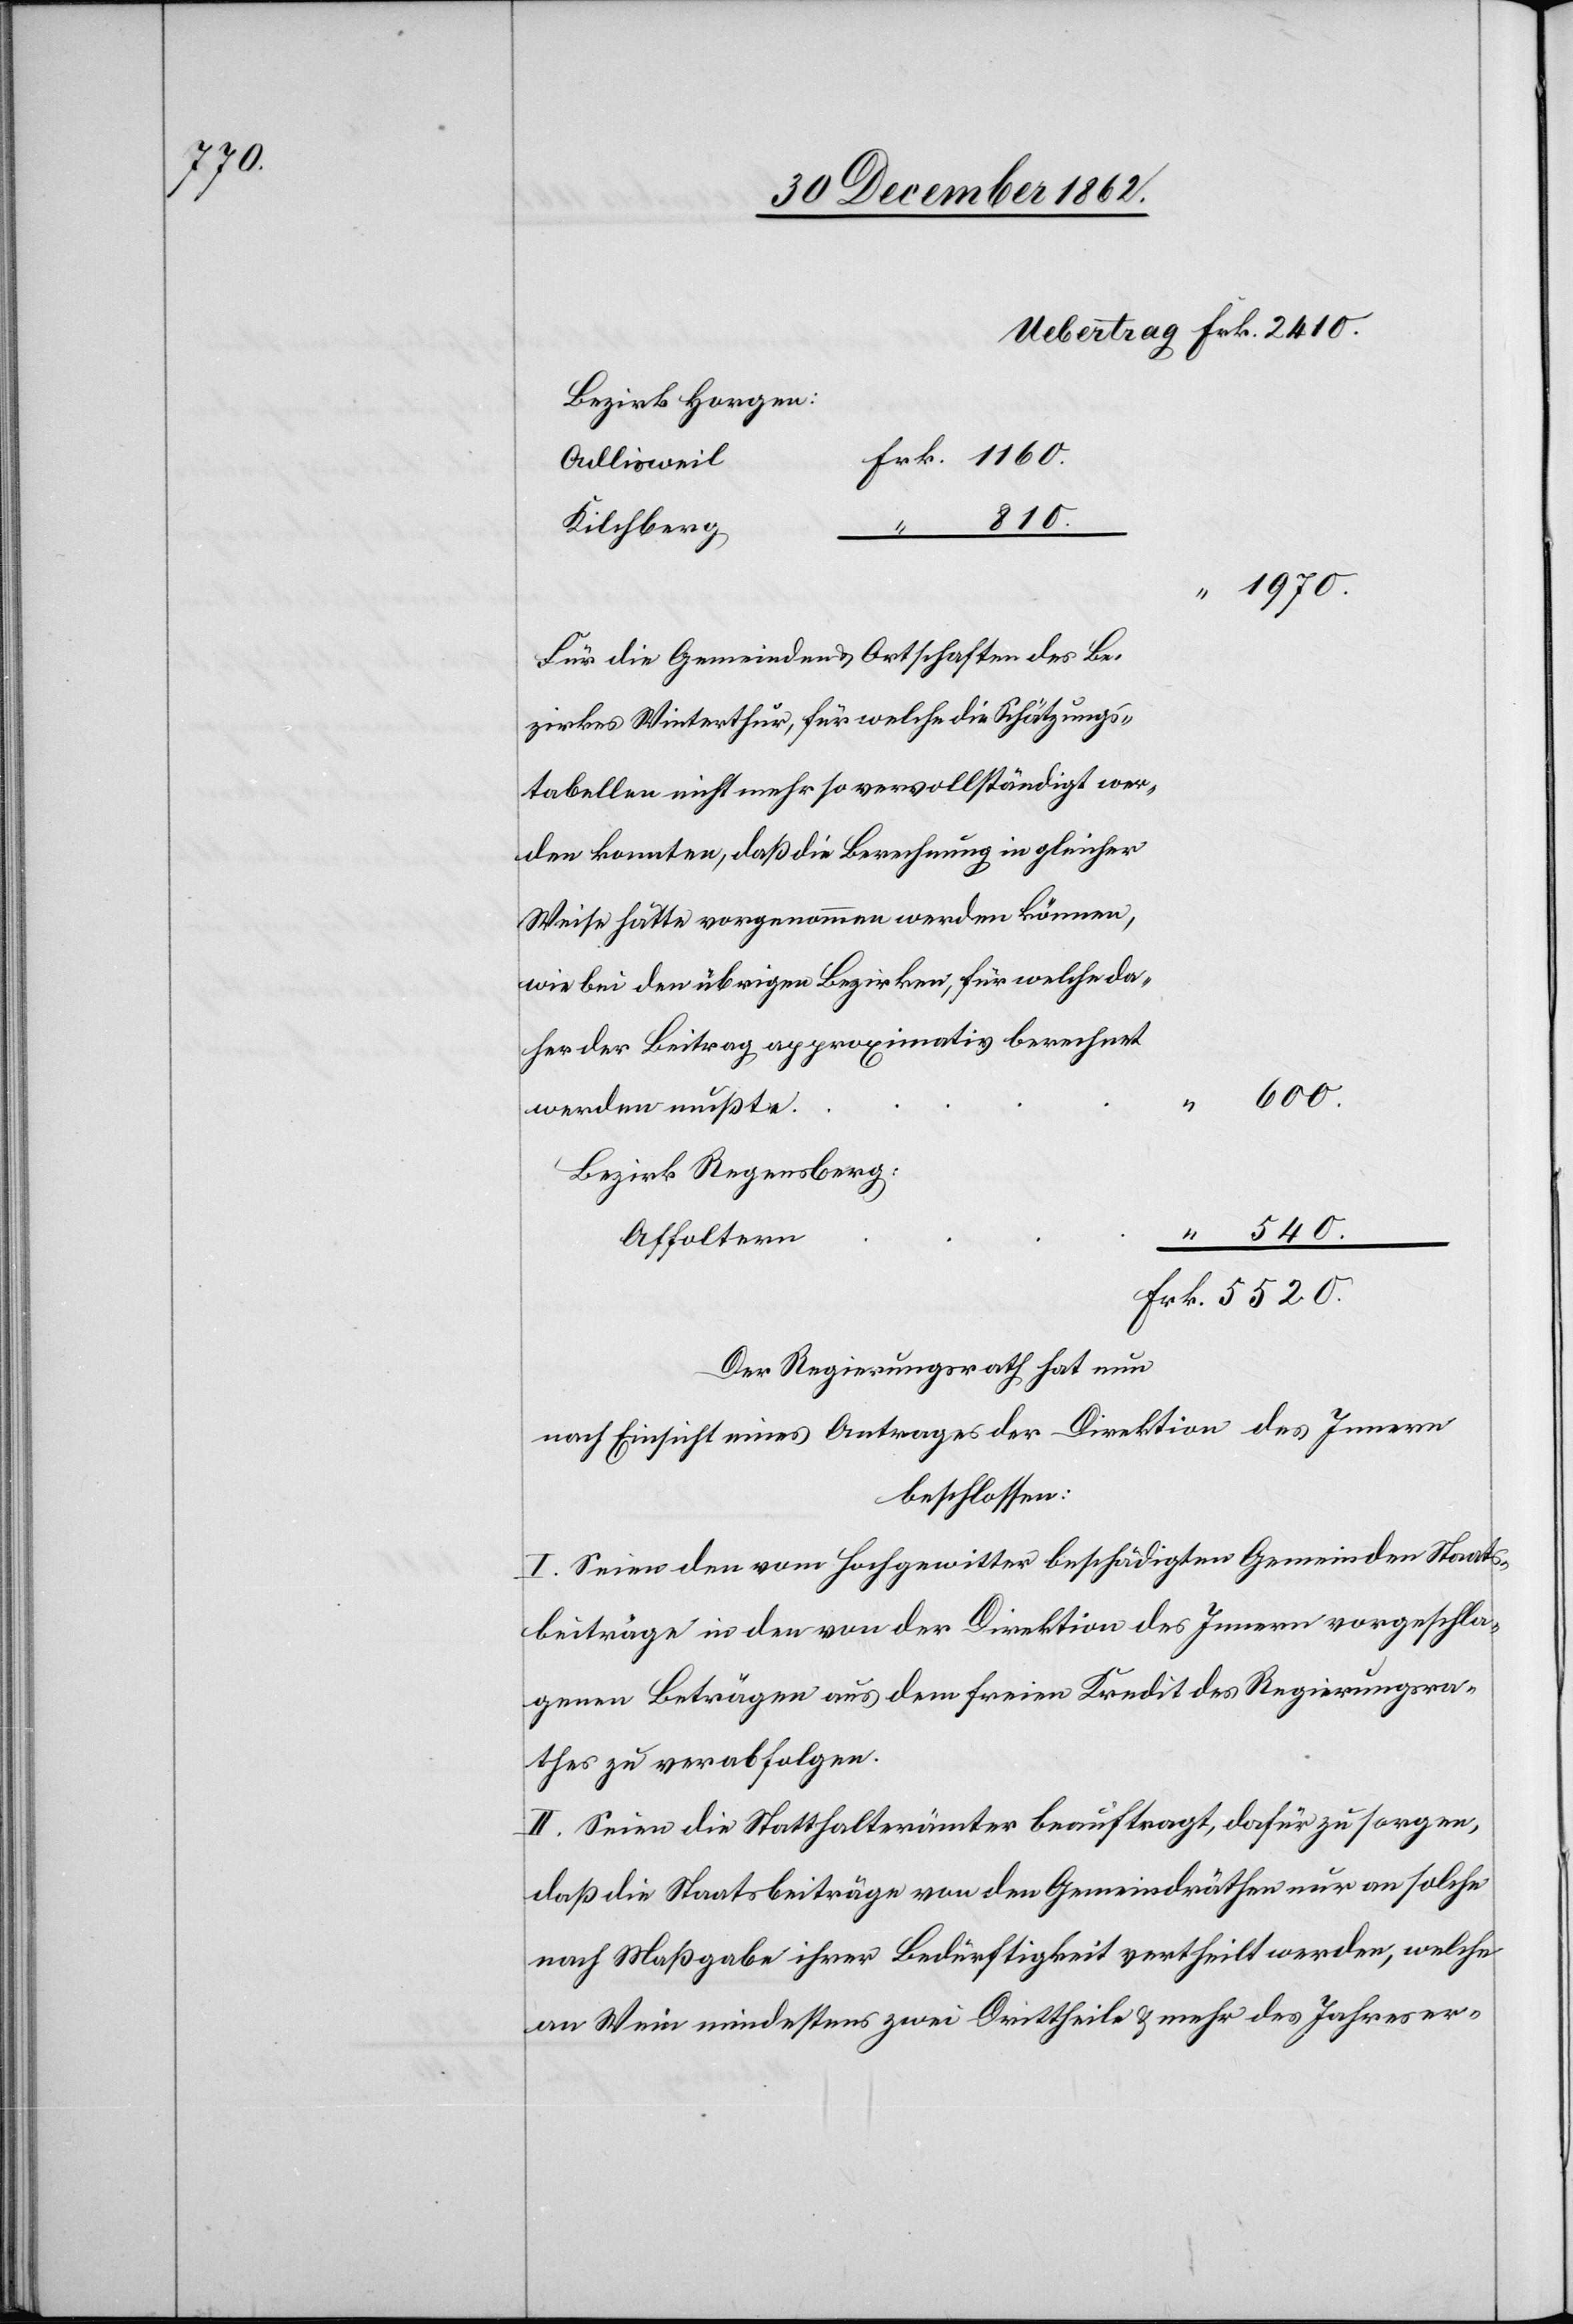
1970.

Bezirk Horgen:
Adlisweil
5520.
Kilchberg
tabellen nicht mehr so vervollständigt wer¬
den konnten, daß die Berechnung in gleicher
Weise hätte vorgenommen werden können,
wie bei den übrigen Bezirken, für welche da¬
her der Beitrag approximativ berechnet
600.
werden mußte
Bezirk Regensberg
Affoltern
“
Der Regierungsrath hat nun
nach Einsicht eines Antrages der Direktion des Innern
beschlossen:
I. Seien den vom Hochgewitter beschädigten Gemeinden Staats¬
beiträge in den von der Direktion des Innern vorgeschla¬
genen Beträgen aus dem freien Kredit des Regierungsra¬
thes zu verabfolgen.
II. Seien die Statthalterämter beauftragt, dafür zu sorgen,
daß die Staatsbeiträge von den Gemeindräthen nur an solche
nach Maßgabe ihrer Bedürftigkeit vertheilt werden, welche
an Wein mindestens zwei Drittheile u. mehr des Jahreser-